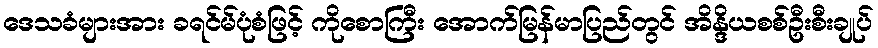
ဒေသခံများအား ခရင်မ်ပုံစံဖြင့် ကိုစောကြီး အောက်မြန်မာပြည်တွင် အိန္ဒိယစစ်ဦးစီးချုပ်